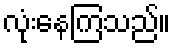
လုံးနေကြသည်။